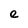
Character: e